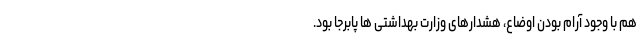
هم با وجود آرام بودن اوضاع، هشدارهای وزارت بهداشتی ها پابرجا بود.